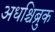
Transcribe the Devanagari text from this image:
अधश्चिब्रुक